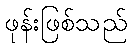
ဖုန်းဖြစ်သည်